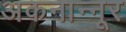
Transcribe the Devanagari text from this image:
अकनान्नूर